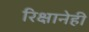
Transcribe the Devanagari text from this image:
रिक्षानेही